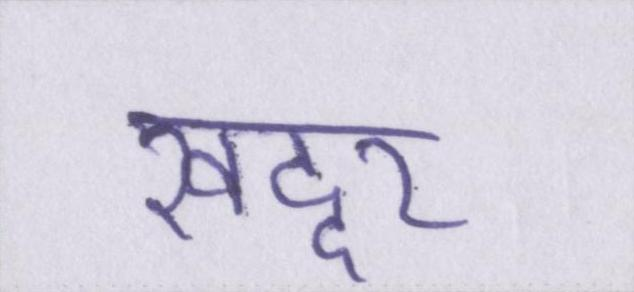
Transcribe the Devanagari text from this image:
खद्दर